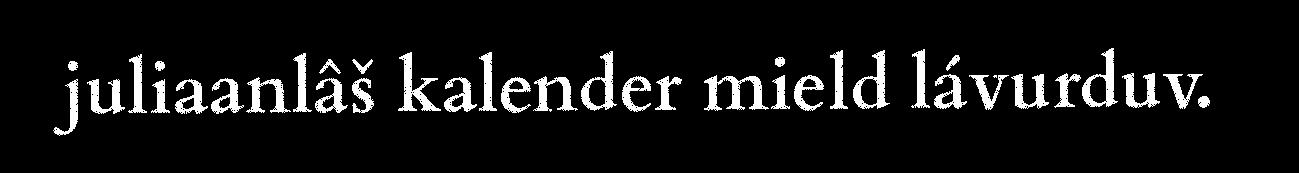
juliaanlâš kalender mield lávurduv.